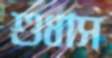
শুধাস